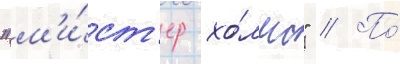
"м'и́ст'ер хо́лмс" // По́